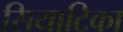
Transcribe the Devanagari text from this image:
सियाटिका